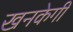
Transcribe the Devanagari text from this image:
खनकेगी